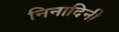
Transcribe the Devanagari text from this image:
निनादिनी